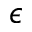
\epsilon